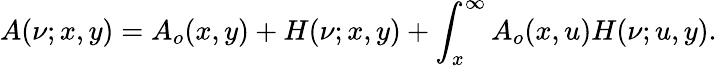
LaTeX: A(\nu;x,y)=A_{o}(x,y)+H(\nu;x,y)+\int_{x}^{\infty}A_{o}(x,u)H(\nu;u,y).